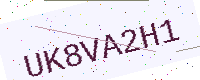
Text: UK8VA2H1